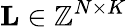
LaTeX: {\mathbf L}\in\mathbb{Z}^{N\times K}